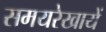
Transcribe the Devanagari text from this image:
समयरेखायें